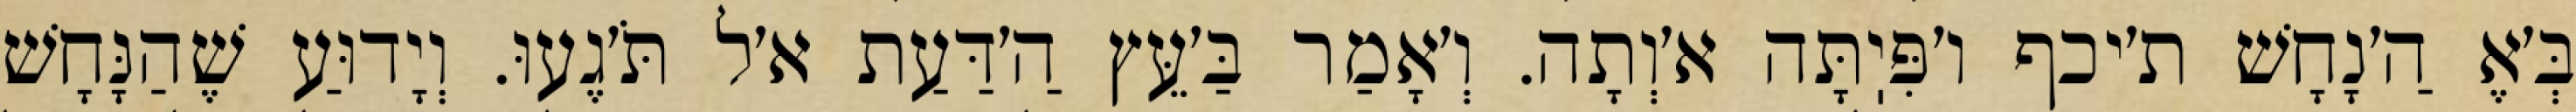
בְּ׳אֶ הַ׳נָחָשׁ ת׳יכף ו׳פִּיֽתָּה א׳וְתָה. וְ׳אָמַר בַּ׳עֵּץ הַ׳דַּעַת א׳ל תֹּ׳גֶעוּ. וְיָדוּעַ שֶׁהַנָּחָשׁ